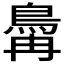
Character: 𬷆